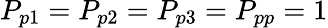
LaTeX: P_{p1}=P_{p2}=P_{p3}=P_{pp}=1